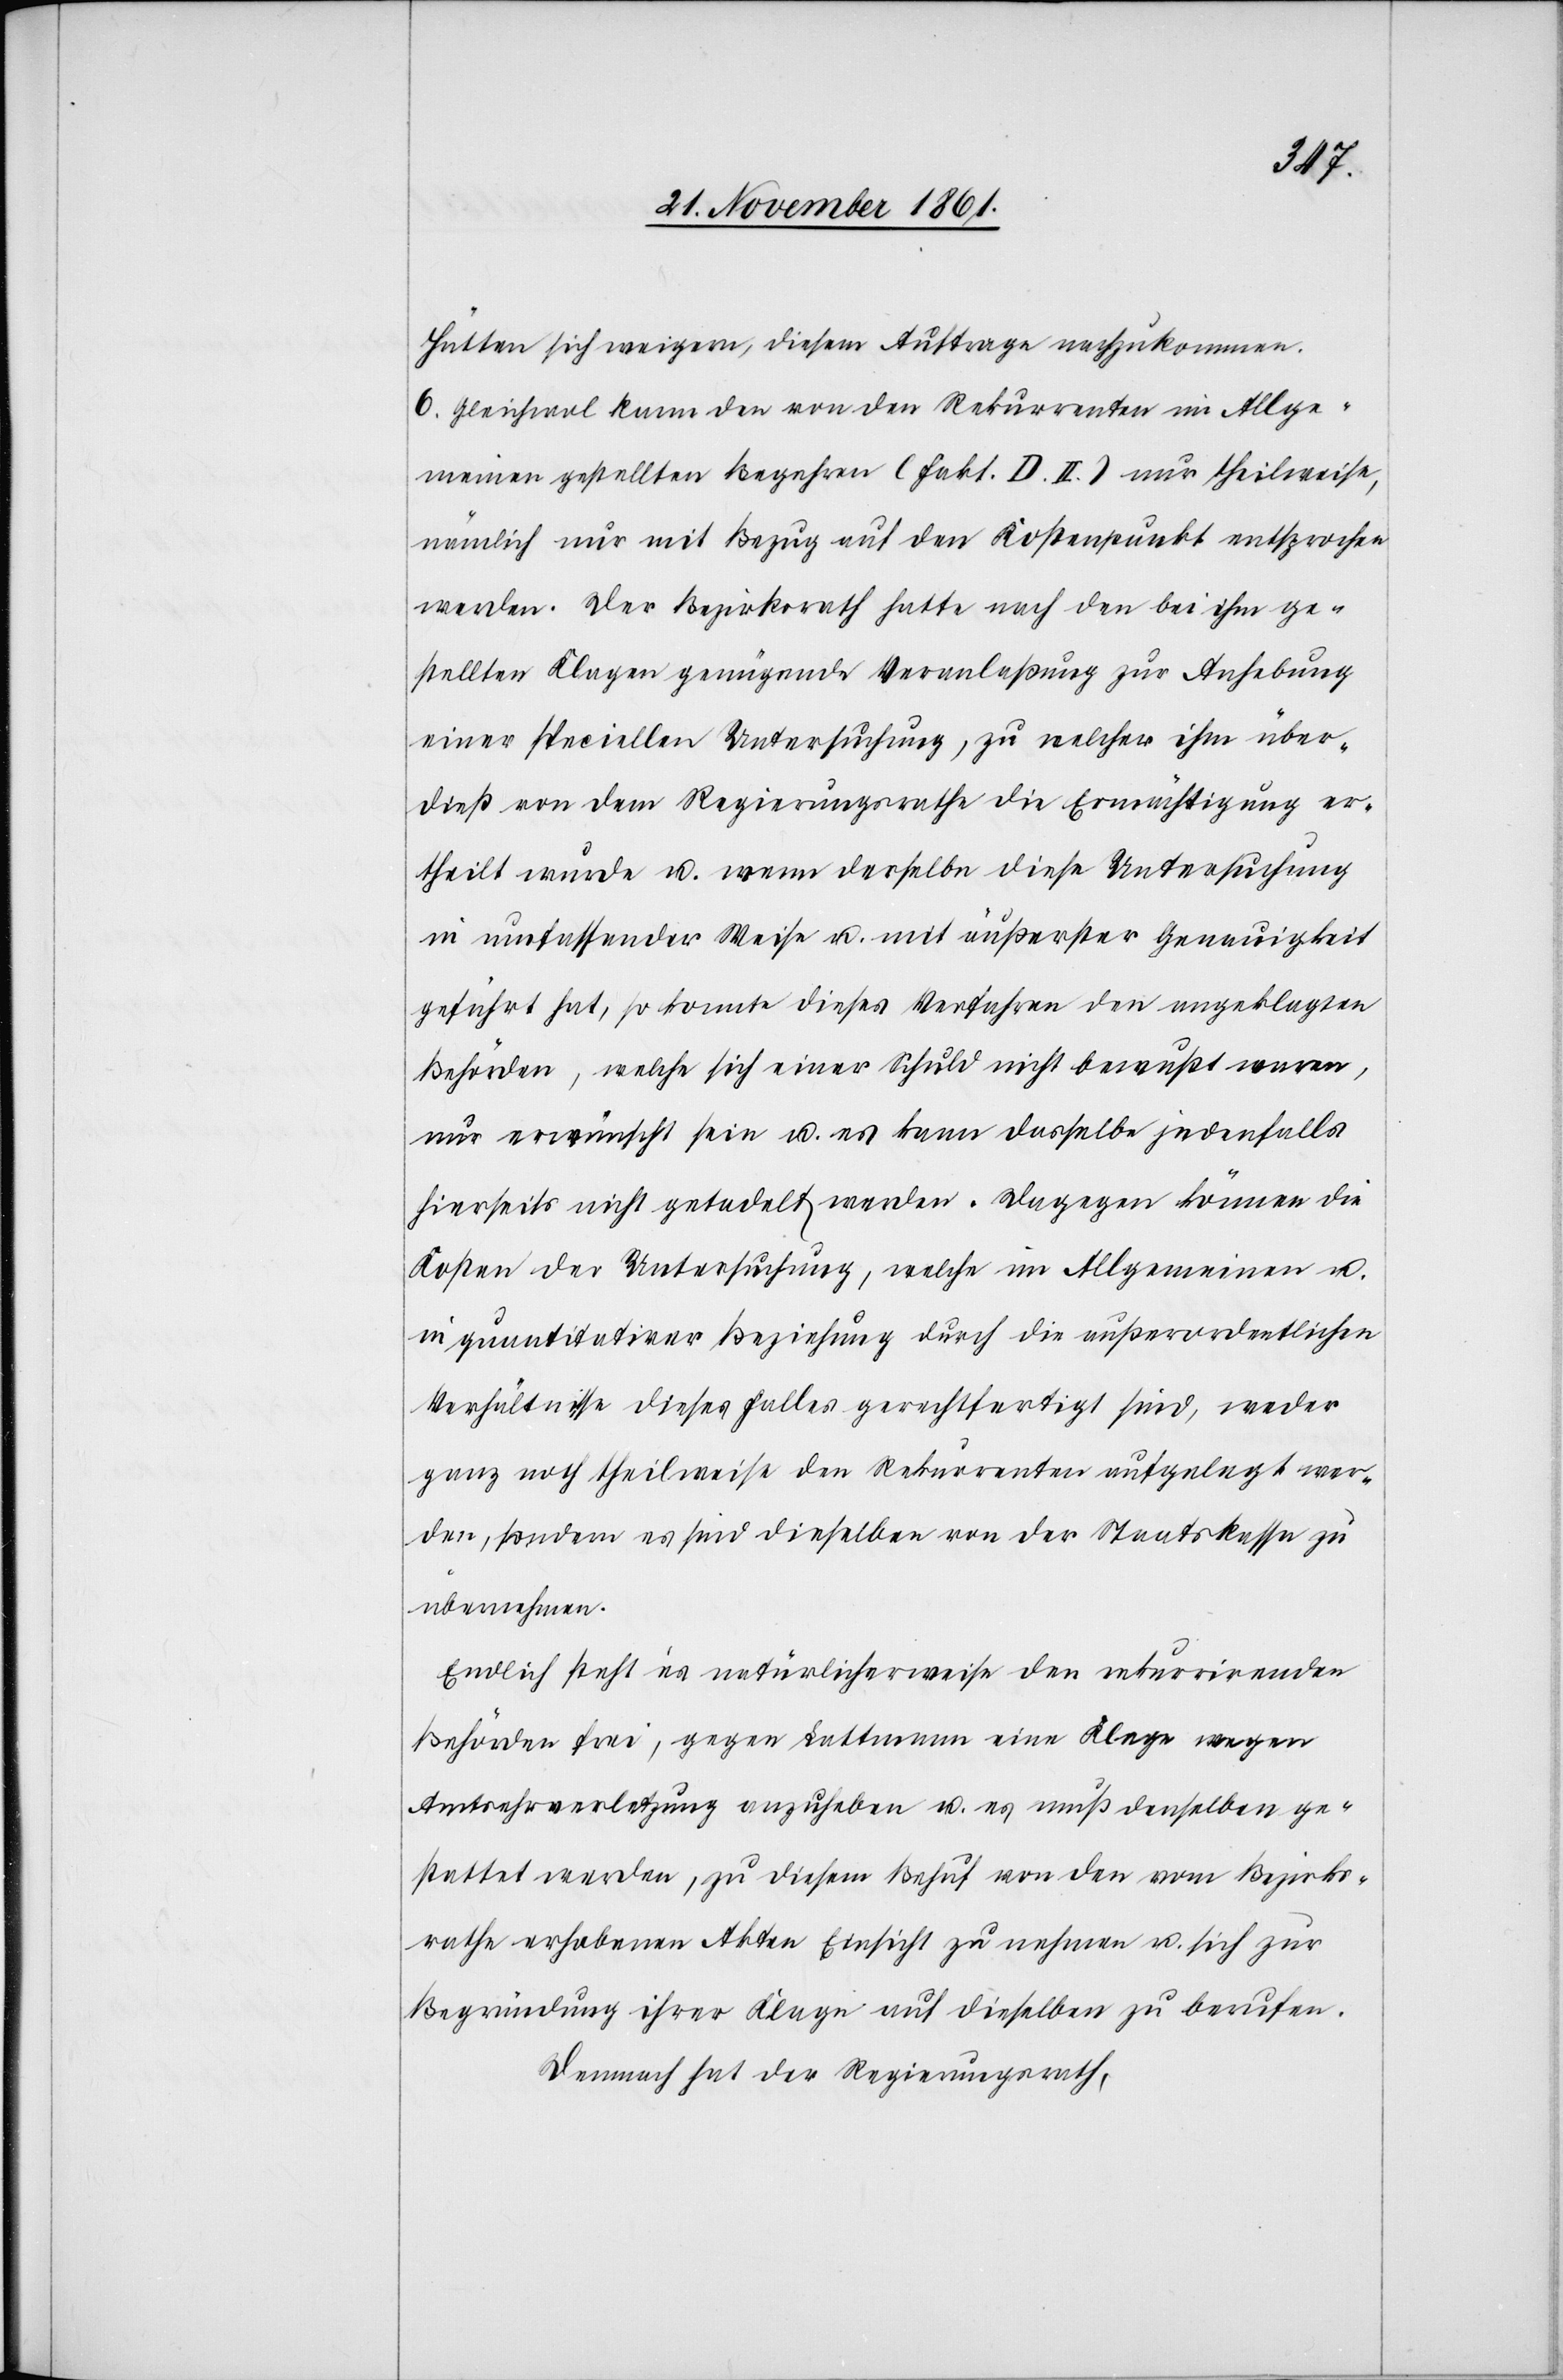
Hütten sich weigern, diesem Auftrage nachzukommen.
6. Gleichwol kann der von den Rekurrenten im Allge¬
meinen gestellten Begehren (Fakt. D. II.) nur theilweise,
nämlich nur mit Bezug auf den Kostenpunkt entsprochen
werden. Der Bezirksrath hatte nach den bei ihm ge¬
stellten Klagen genügende Veranlaßung zur Aufhebung
einer speciellen Untersuchung, zu welcher ihm über¬
dieß von dem Regierungsrathe die Ermächtigung er¬
theilt wurde u. wenn derselbe diese Untersuchung
in umfassender Weise u. mit äußerster Genauigkeit
geführt hat, so konnte dieses Verfahren den angeklagten
Behörden, welche sich einer Schuld nicht bewußt waren,
nur erwünscht sein u. es kann dasselbe jedenfalls
hierseits nicht getadelt werden. Dagegen können die
Kosten der Untersuchung, welche im Allgemeinen u.
in quantitativer Beziehung durch die außerordentlichen
Verhältnisse dieses Falles gerechtfertigt sind, weder
ganz noch theilweise den Rekurrenten aufgelegt wer¬
den, sondern es sind dieselben von der Staatskassa zu
übernehmen.
Endlich steht es natürlicherweise den rekurrirenden
Behörden frei, gegen Lattmann eine Klage wegen
Amtsehrverletzung anzuheben u. es muß denselben ge¬
stattet werden, zu diesem Behuf von den vom Bezirks¬
rathe erhobenen Akten Einsicht zu nehmen u. sich zur
Begründung ihrer Klagen auf dieselben zu berufen.
Demnach hat der Regierungsrath